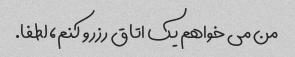
من می خواهم یک اتاق رزرو کنم، لطفا.